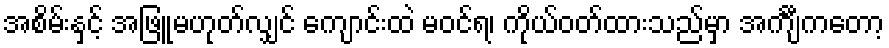
အစိမ်းနှင့် အဖြူမဟုတ်လျှင် ကျောင်းထဲ မဝင်ရ၊ ကိုယ်ဝတ်ထားသည်မှာ အင်္ကျီကတော့